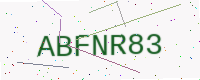
Text: ABFNR83